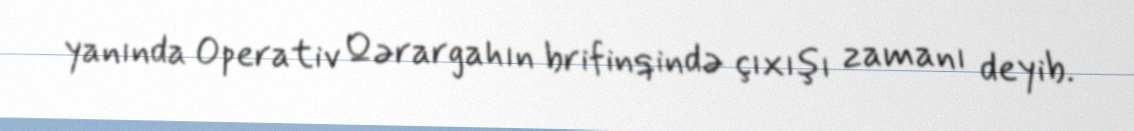
yanında Operativ Qərargahın brifinqində çıxışı zamanı deyib.